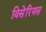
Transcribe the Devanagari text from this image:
विसेरियस